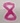
Text: 8